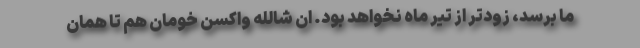
ما برسد، زودتر از تیر ماه نخواهد بود. ان شالله واکسن خومان هم تا همان